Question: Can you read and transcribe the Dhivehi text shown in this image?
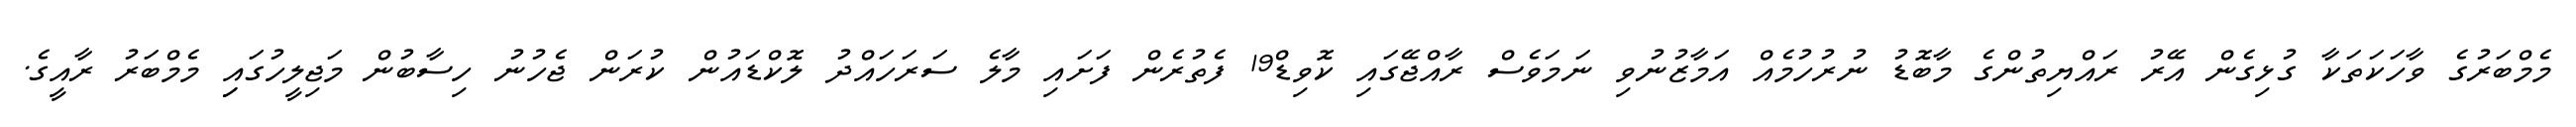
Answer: މެމްބަރުގެ ވާހަކަތަކާ ގުޅިގެން އޭރު ރައްޔިތުންގެ މާބޮޑު ނުރުހުމެއް އަމާޒުނުވި ނަމަވެސް ރާއްޖޭގައި ކޮވިޑް19 ފެތުރެން ފަށައި މާލެ ސަރަހައްދު ލޮކްޑައުން ކުރަން ޖެހުނު ހިސާބުން މަޖިލީހުގައިި މެމްބަރު ރާއީގެ.